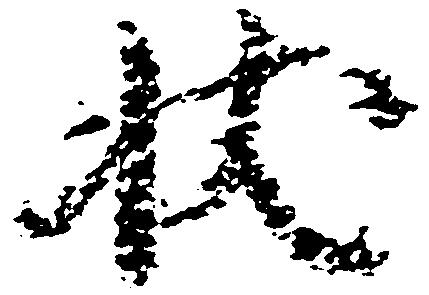
状